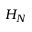
H _ { N }